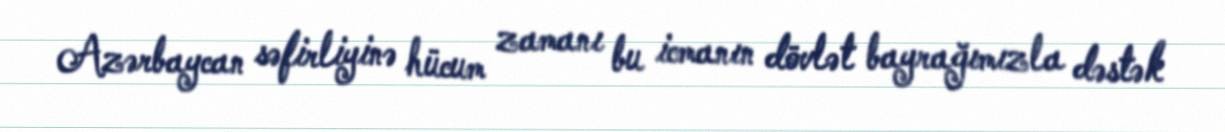
Azərbaycan səfirliyinə hücum zamanı bu icmanın dövlət bayrağımızla dəstək